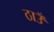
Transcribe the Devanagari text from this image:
ठाउँ